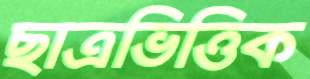
ছাত্রভিত্তিক